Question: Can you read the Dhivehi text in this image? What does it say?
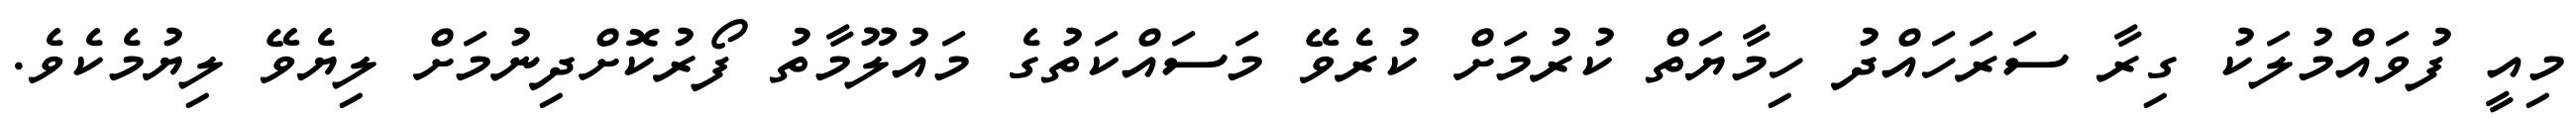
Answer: މިއީ ފުވައްމުލަކު ގިރާ ސަރަހައްދު ހިމާޔަތް ކުރުމަށް ކުރެވޭ މަސައްކަތުގެ މައުލޫމާތު ފޯރުކޮށްދިނުމަށް ލިޔެވޭ ލިޔުމެކެވެ.